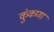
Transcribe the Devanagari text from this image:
कुंकणा